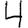
Digit: 4